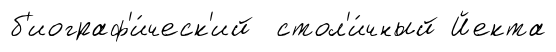
б'иограф'и́ческ'ий стол'и́чный Йекта